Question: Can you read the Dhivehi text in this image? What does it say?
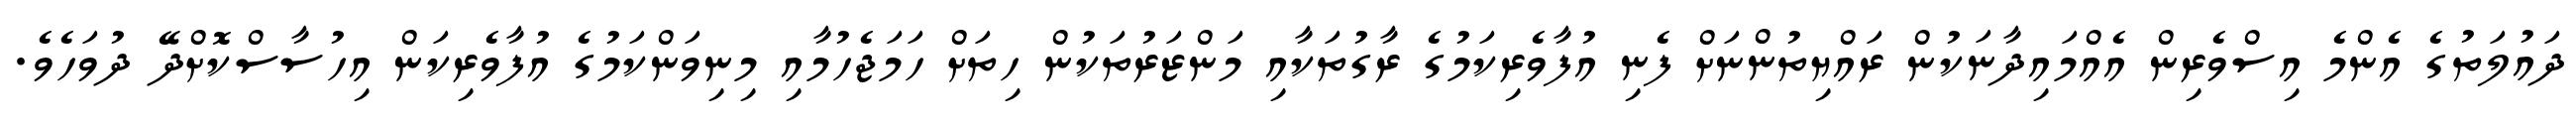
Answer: ދައުލަތުގެ އެންމެ އިސްވެރިން އެއްމައިދާނަކުން ރައްޔިތުންނަށް ފެނި އުފާވެރިކަމުގެ ރާގުތަކާއި މަންޒަރުތަކުން ހިތަށް ހަމަޖެހުމާއި މިނިވަންކަމުގެ އުފާވެރިކަން އިހުސާސްކޮށްދޭ ދުވަހެވެ.